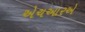
એચઆરએ